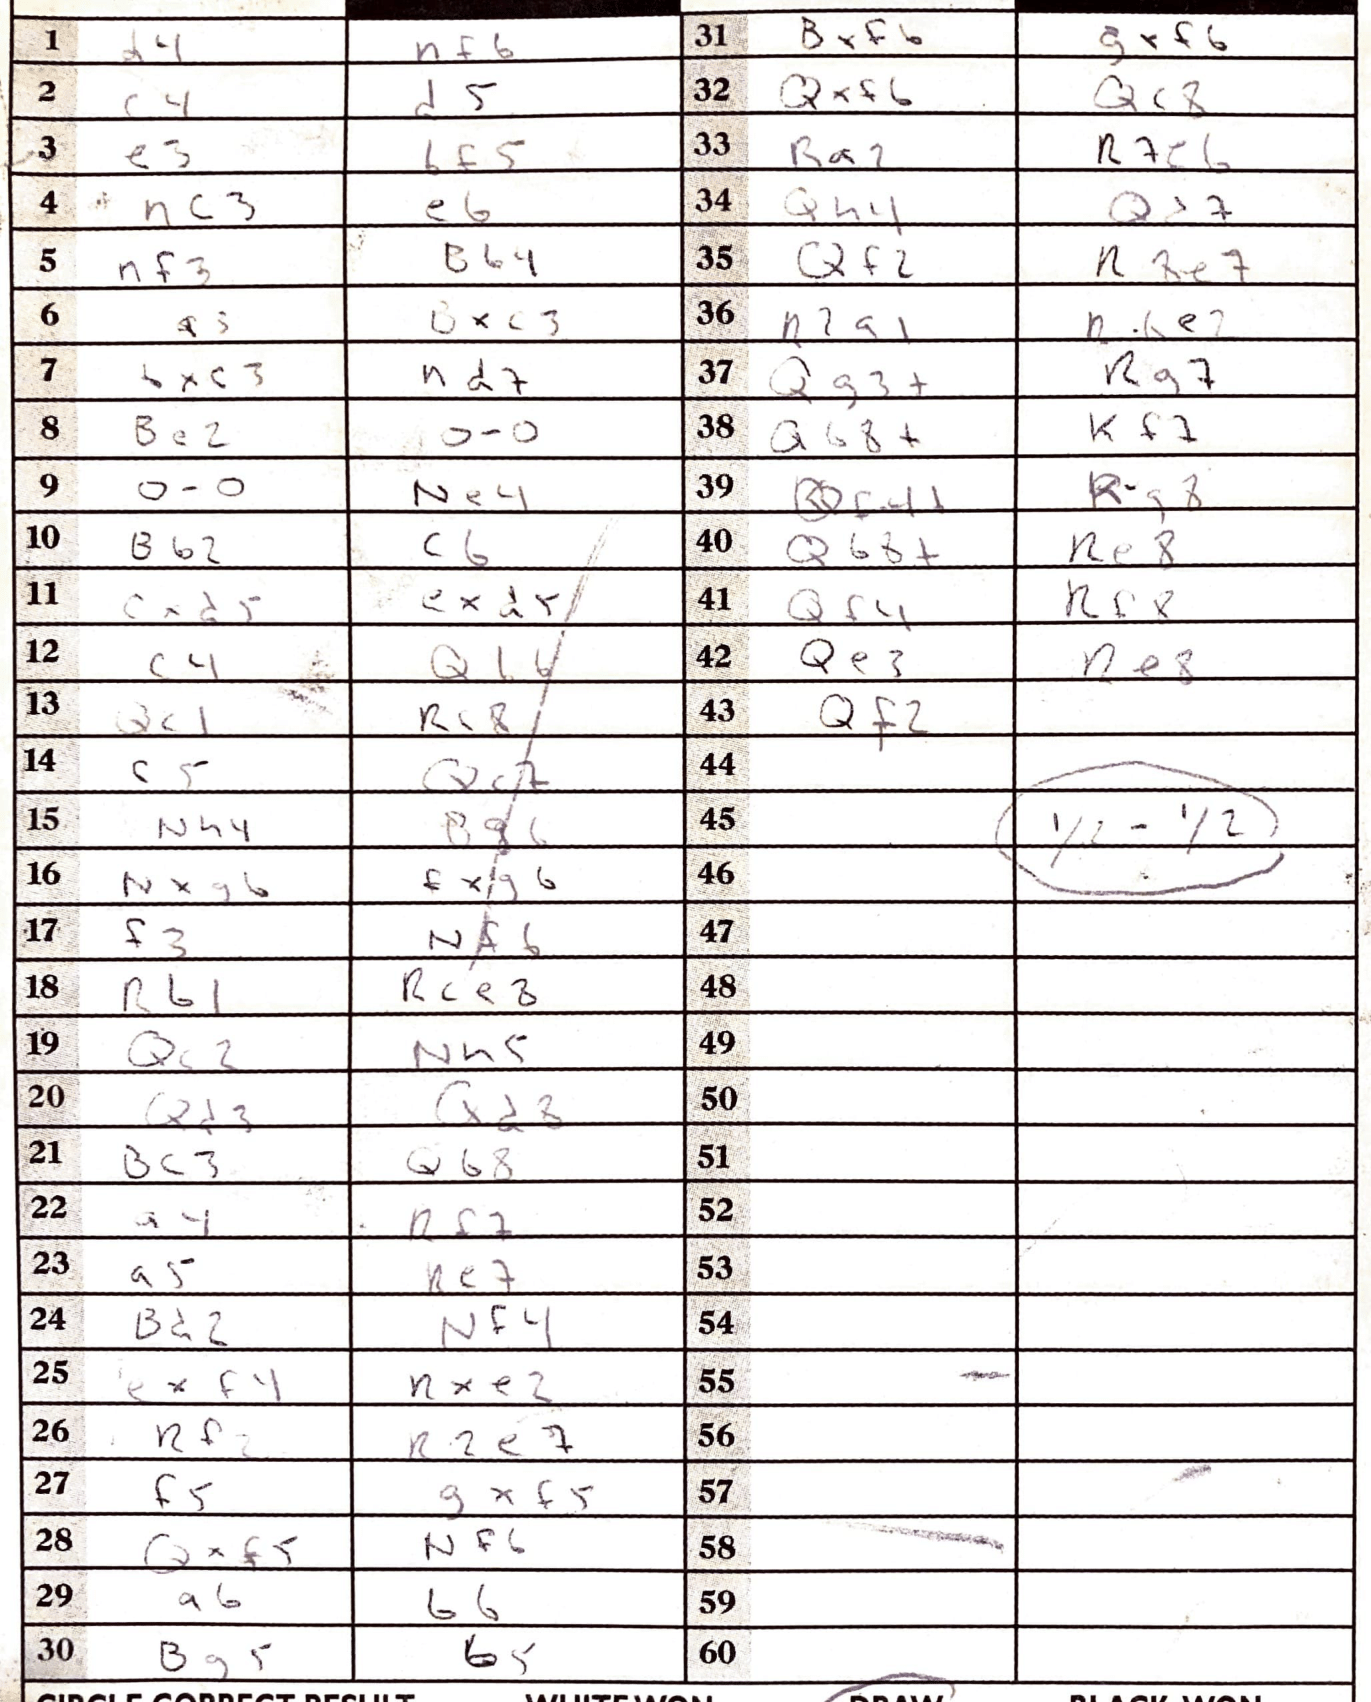
Moves: d4 Nf6 c4 d5 e3 Bf5 Nc3 Bb4 Nf3 Bb4 a3 Bxc3 Bxc3 Nd7 Be2 O-O O-O Ne4 Bb2 c6 cxd5 exd5 c4 Qb6 Qc1 Rc8 c5 Qc7 Nh4 Bg6 Nxg6 fxg6 f3 Nf6 Rb1 Rce8 Qc2 Nh5 Qd3 Qd8 Bc3 Qb8 a4 a5 Re7 Bd2 Nf4 exf4 Nxe2 Rf2 R2e7 f5 gxf5 Qxf5 Nf6 a6 b6 Bg5 b5 Bxf6 gxf6 Qxf6 Qc8 Ra2 Re6 Qh4 Qd7 Qf2 Rxe7 R2a1 Rae2 Qg3+ Rg7 Qg8+ Kf7 Rg8 Qg8+ Re8 Qf4 Rf8 Qe3 Re8 Qf2